65_HS1-834228961_62-HQ-83894_Section_6
Agency: FBI
Page 86
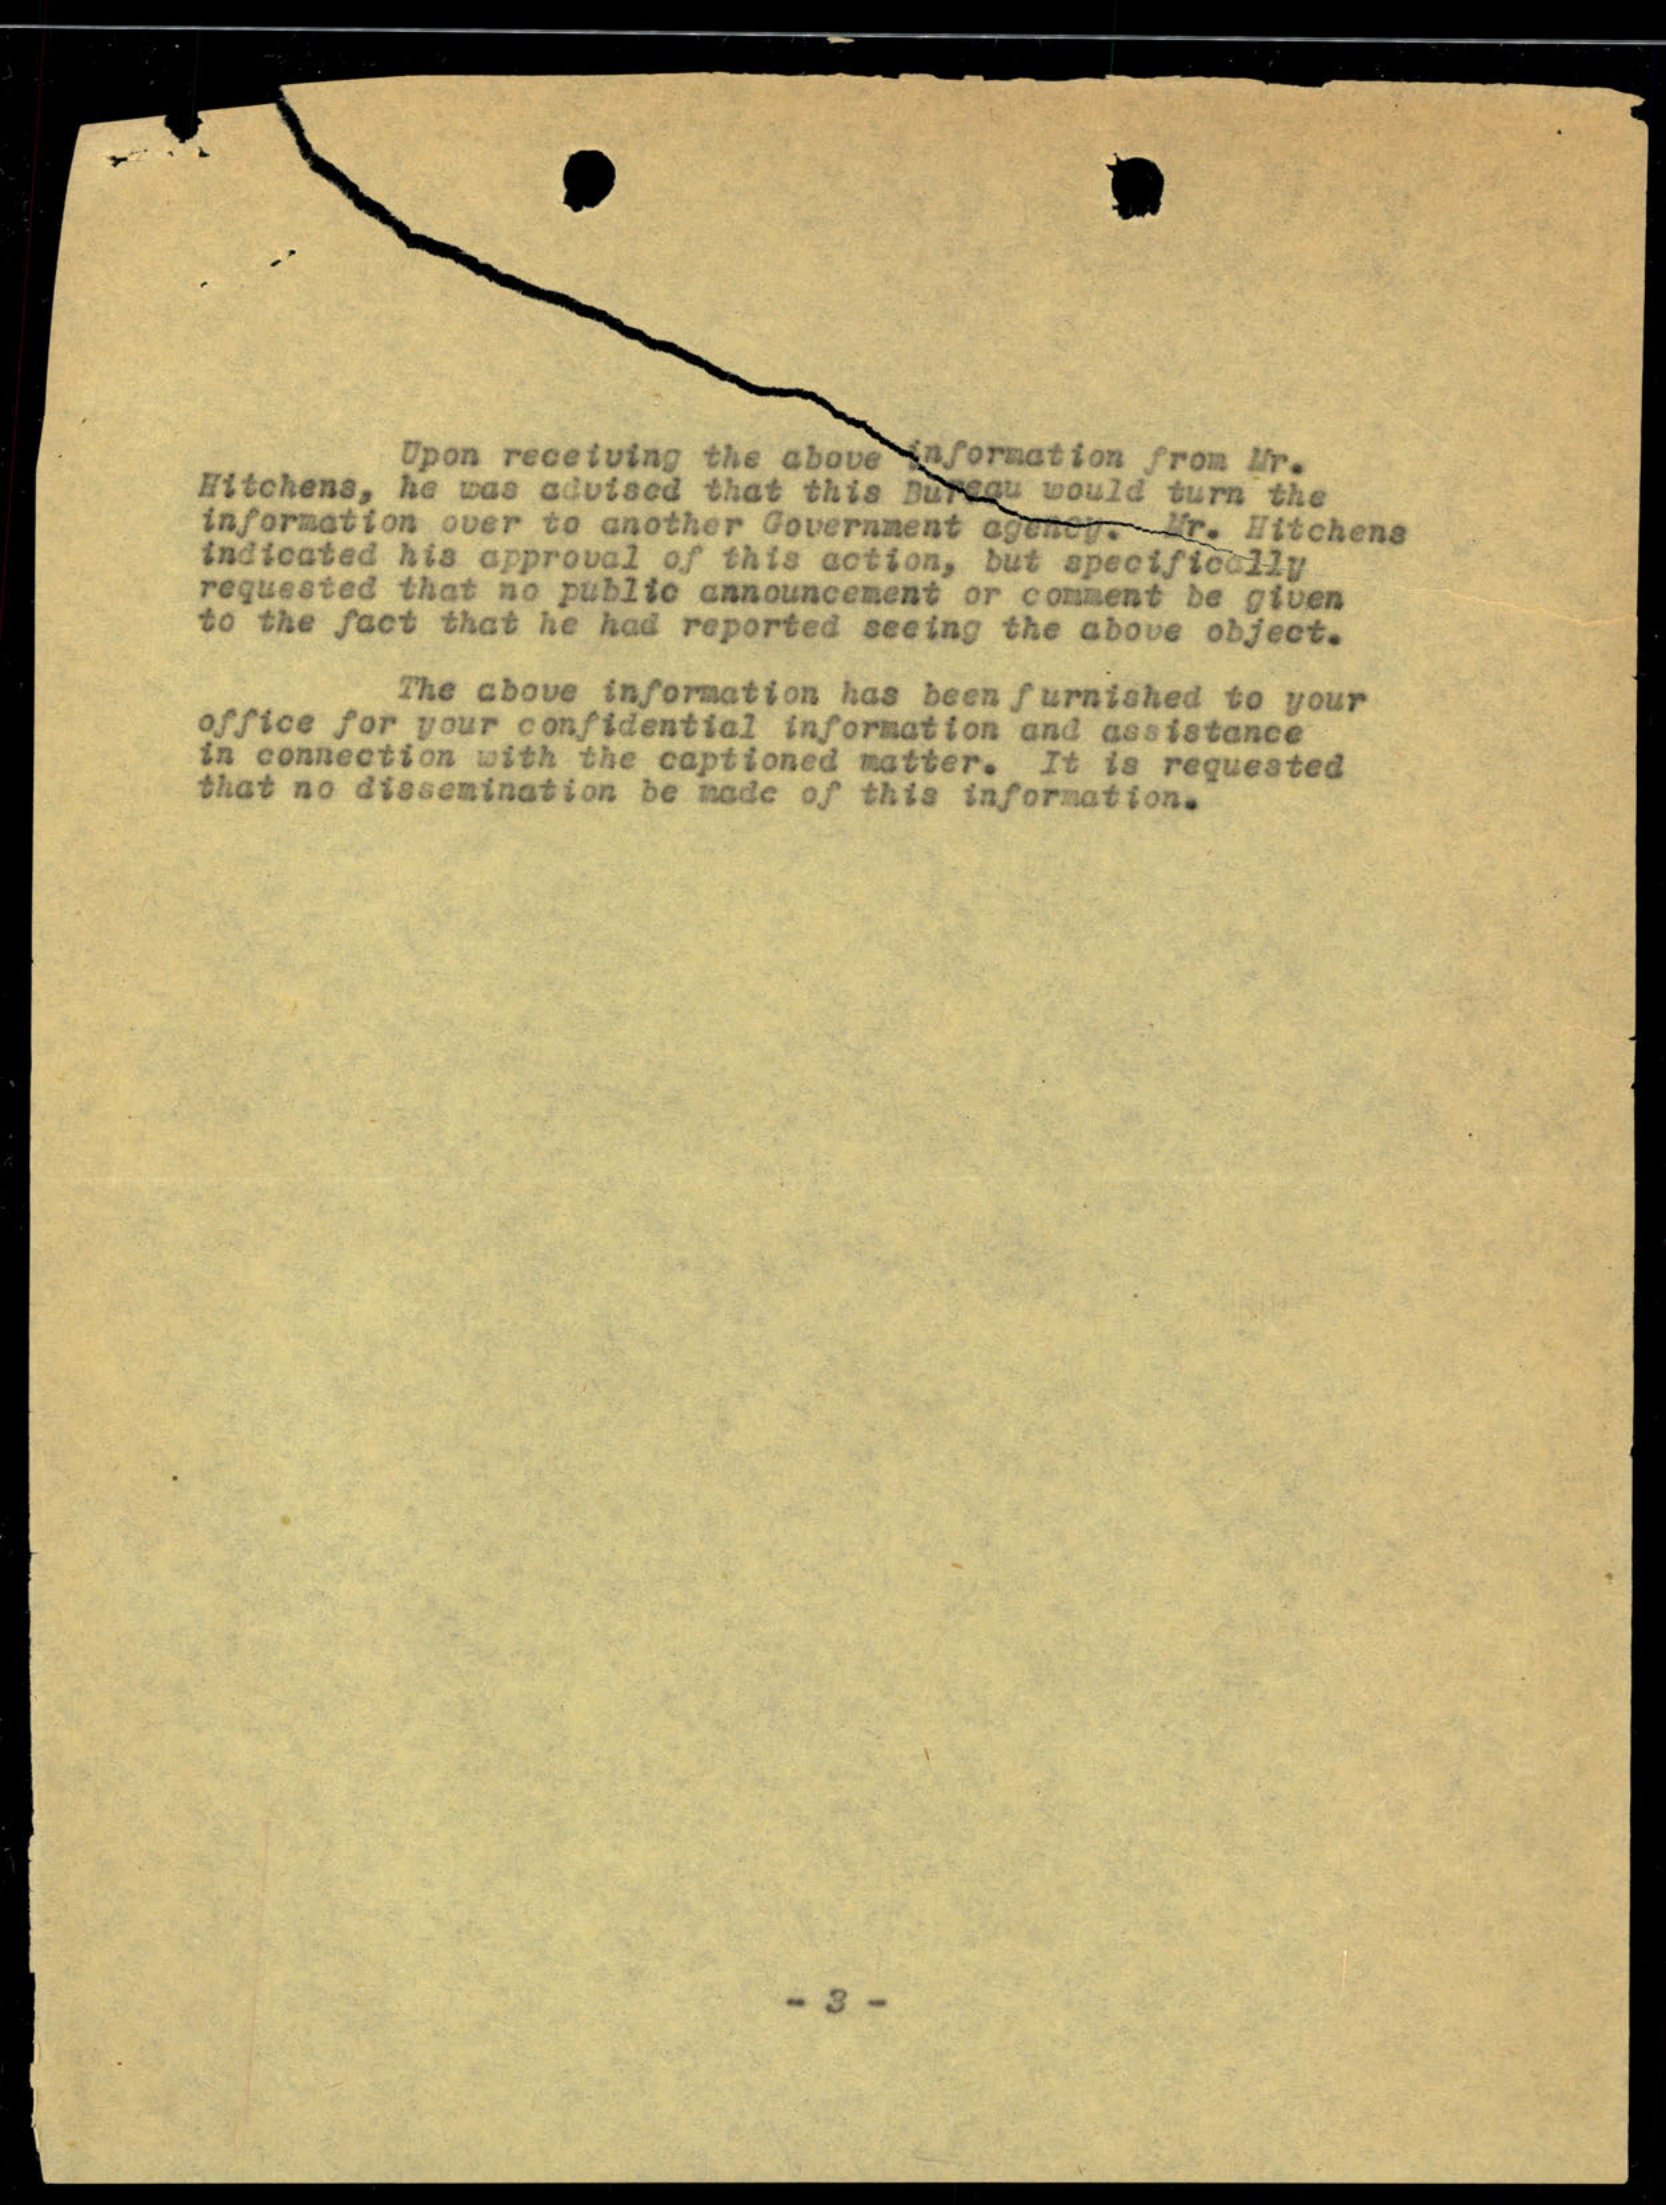